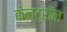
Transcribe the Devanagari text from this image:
केल्ट्रॉन